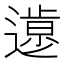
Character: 𨖸